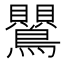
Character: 鸎